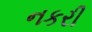
નકરી